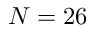
N = 2 6